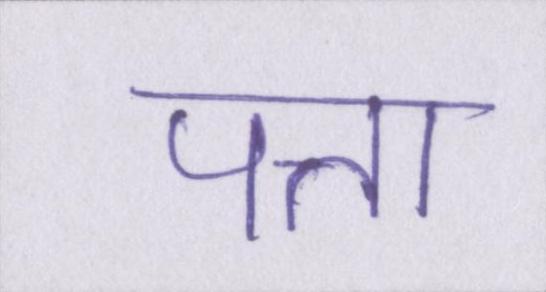
पत्ता